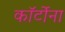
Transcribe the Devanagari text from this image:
कॉर्टोना